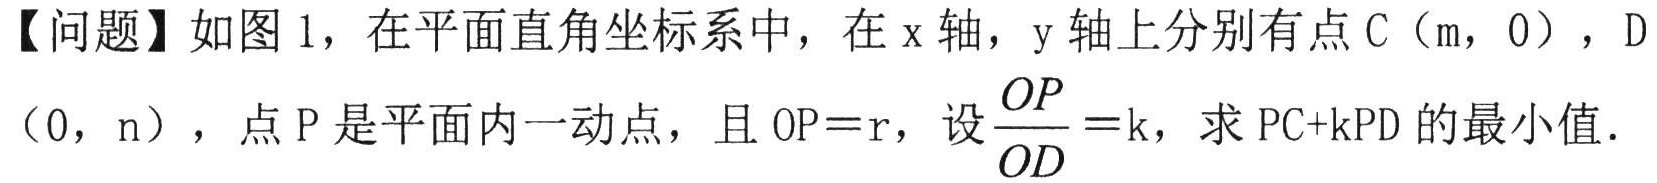
【问题】如图1，在平面直角坐标系中，在x轴，y轴上分别有点C（m，0），D
（0，n），点P是平面内一动点，且OP = r，设$\dfrac{OP}{OD}=k$，求PC + kPD的最小值．